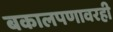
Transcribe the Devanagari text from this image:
बकालपणावरही